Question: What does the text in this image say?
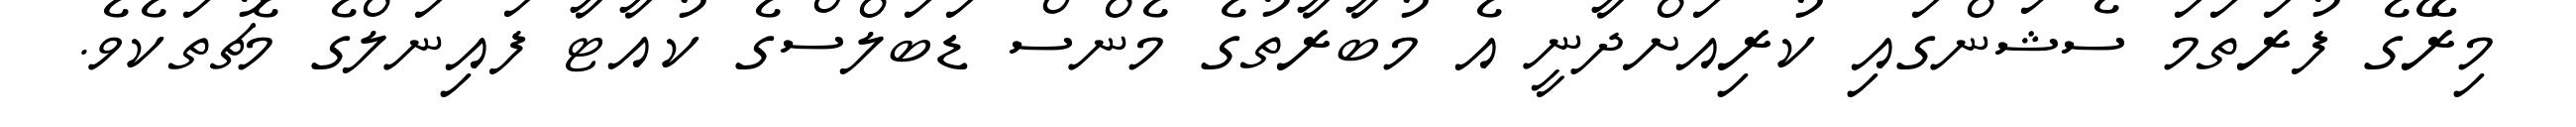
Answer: މިރޭގެ ފުރަތަމަ ސެޝަންގައި ކުރިއަށްދާނީ އެ މުބާރާތުގެ މެންސް ޑަބަލްސްގެ ކުއާޓާ ފައިނަލްގެ މެޗުތަކެވެ.